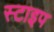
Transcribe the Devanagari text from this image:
स्टाइप